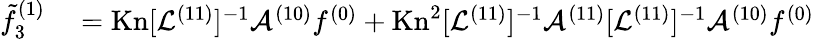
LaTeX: \begin{array}{rl}{\tilde{f}_{3}^{(1)}}&{{}=\mathrm{Kn}[\mathcal{L}^{(11)}]^{-1}\mathcal{A}^{(10)}f^{(0)}+\mathrm{Kn}^{2}[\mathcal{L}^{(11)}]^{-1}\mathcal{A}^{(11)}[\mathcal{L}^{(11)}]^{-1}\mathcal{A}^{(10)}f^{(0)}}\end{array}